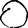
Digit: 0